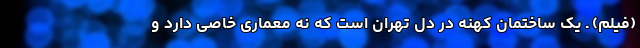
(فیلم) ـ یک ساختمان کهنه در دل تهران است که نه معماری خاصی دارد و